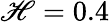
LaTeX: \mathscr{H}=0.4